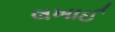
લખાઈ